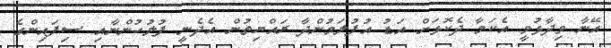
އޭނާ ވިދާޅުވީ އެކަމާ ދެކޮޅަށް އަޑު އުފުލަމުންދާ ރައްޔިތުން އެދެނީ ފުލުހުންނާއި ސިފައިންގެ